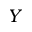
Y